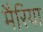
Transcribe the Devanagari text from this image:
मैरिया